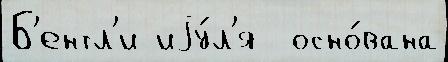
Б'ентл'и иjу́л'я  осно́вана